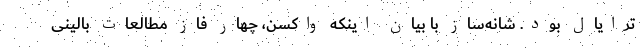
ترایال بود. شانه‌ساز با بیان اینکه واکسن، چهار فاز مطالعات بالینی